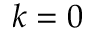
k = 0